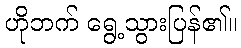
ဟိုဘက် ရွေ့သွားပြန်၏။